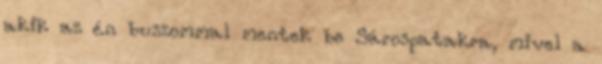
akik az én buszommal mentek be Sárospatakra, mivel a